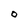
Character: O